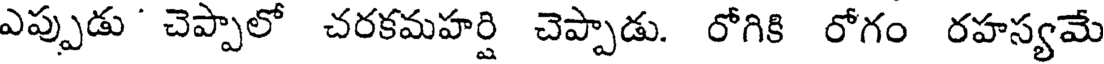
ఎప్పుడు ' చెప్పాలో చరకమహర్షి చెప్పాడు. రోగికి రోగం రహస్యమే